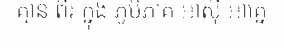
គ្មាន ពីរ ក្នុង ភូមិភាគ អាស៊ី អាគ្នេ